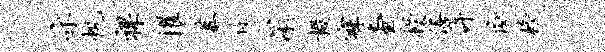
示帆裸擢慕攻深掇寐查授僖许俯榜